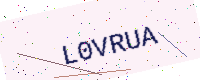
Text: L0VRUA